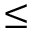
\leq